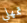
تمهلي